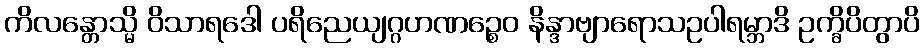
ကိလန္တောသ္မိ ဝိသာရဒေါ ပရိညေယျဂ္ဂဟဏဉ္စေဝ နိန္ဒာဗျာရောသဥပါရမ္ဘာဒိ ဥက္ခိပိတွာပိ